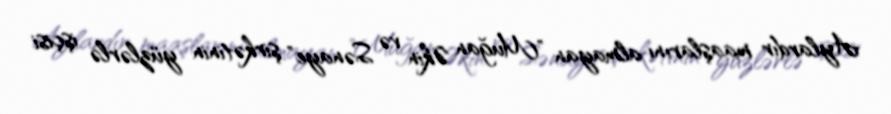
Aylardır maaşlarını almayan "Muğan Əkin və Sənaye" şirkətinin yüzlərlə işçisi